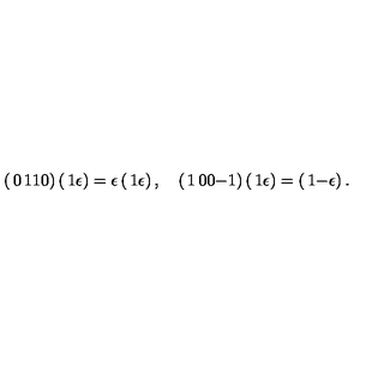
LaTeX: \left( \begin{matrix} { 0 } & { 1 } \\ { 1 } & { 0 } \\ \end{matrix} \right) \left( \begin{matrix} { 1 } \\ { \epsilon } \\ \end{matrix} \right) = \epsilon \left( \begin{matrix} { 1 } \\ { \epsilon } \\ \end{matrix} \right) , \quad \left( \begin{matrix} { 1 } & { 0 } \\ { 0 } & { - 1 } \\ \end{matrix} \right) \left( \begin{matrix} { 1 } \\ { \epsilon } \\ \end{matrix} \right) = \left( \begin{matrix} { 1 } \\ { - \epsilon } \\ \end{matrix} \right) .